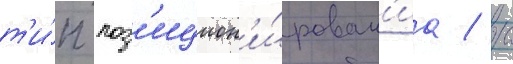
т'и́п поз'ицион'и́рован'иа / с